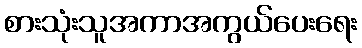
စားသုံးသူအကာအကွယ်ပေးရေး